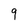
Character: 9